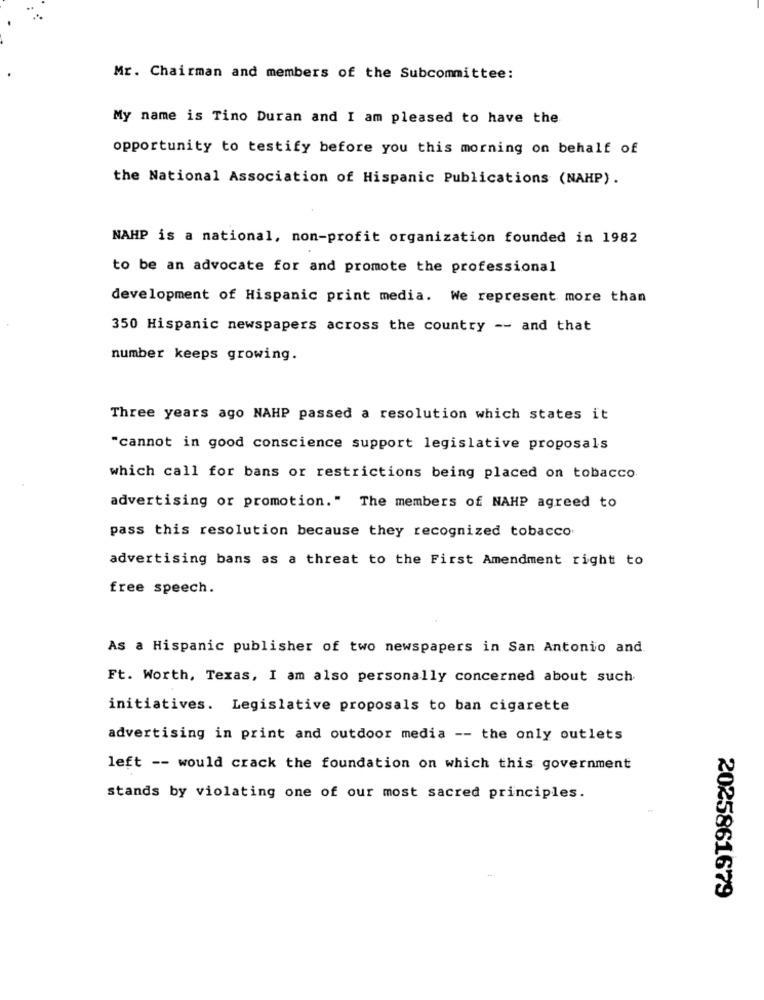
Mr. Chairman and members of the Subcommittee:
My name is Tino Duran and I am pleased to have the
opportunity to testify before you this morning on behalf of
the National Association of Hispanic Publications (NAHP).
NAHP is a national, non-profit organization founded in 1982
to be an advocate for and promote the professional
development of Hispanic print media. We represent more than
350 Hispanic newspapers across the country -- and that
number keeps growing.
Three years ago NAHP passed a resolution which states it
"cannot in good conscience support legislative proposals
which call for bans or restrictions being placed on tobacco
advertising or promotion." The members of NAHP agreed to
pass this resolution because they recognized tobacco
advertising bans as a threat to the First Amendment right to
free speech.
As a Hispanic publisher of two newspapers in San Antonio and.
Ft. Worth, Texas, I am also personally concerned about such
initiatives. Legislative proposals to ban cigarette
advertising in print and outdoor media -- the only outlets
left -- would crack the foundation on which this government
stands by violating one of our most sacred principles.
2025861679